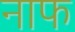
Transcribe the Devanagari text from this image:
नाफ